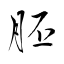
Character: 胚